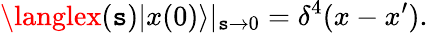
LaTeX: \langlex(\mathtt{s})|x(0)\rangle|_{\mathtt{s}\rightarrow0}=\delta^{4}(x-x^{\prime}).